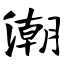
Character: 潮